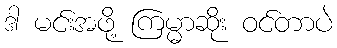
ဒါ မင်းအဖို့ ကြမ္မာဆိုး ဝင်တာပဲ